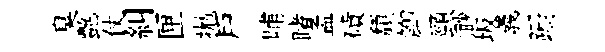
臭艶仗糾匣拋戸晡睹孟磧頽鯽頸渺坂義蹰